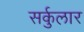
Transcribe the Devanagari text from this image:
सर्कुलार